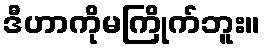
ဒီဟာကိုမကြိုက်ဘူး။